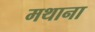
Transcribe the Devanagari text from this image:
मथाना